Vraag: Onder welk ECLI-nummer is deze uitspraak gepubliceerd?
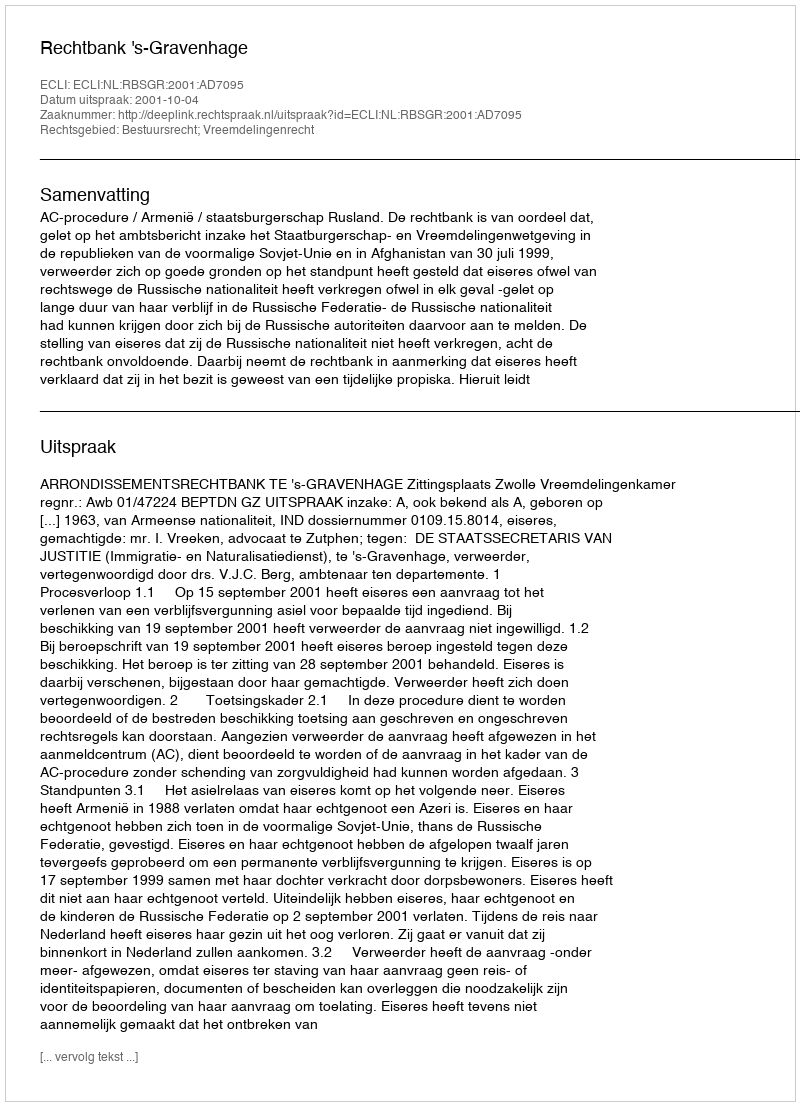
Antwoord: ECLI:NL:RBSGR:2001:AD7095